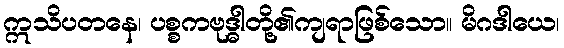
ဣသိပတနေ၊ ပစ္စကဗုဒ္ဓါတို့၏ကျရာဖြစ်သော။ မိဂဒါယေ၊